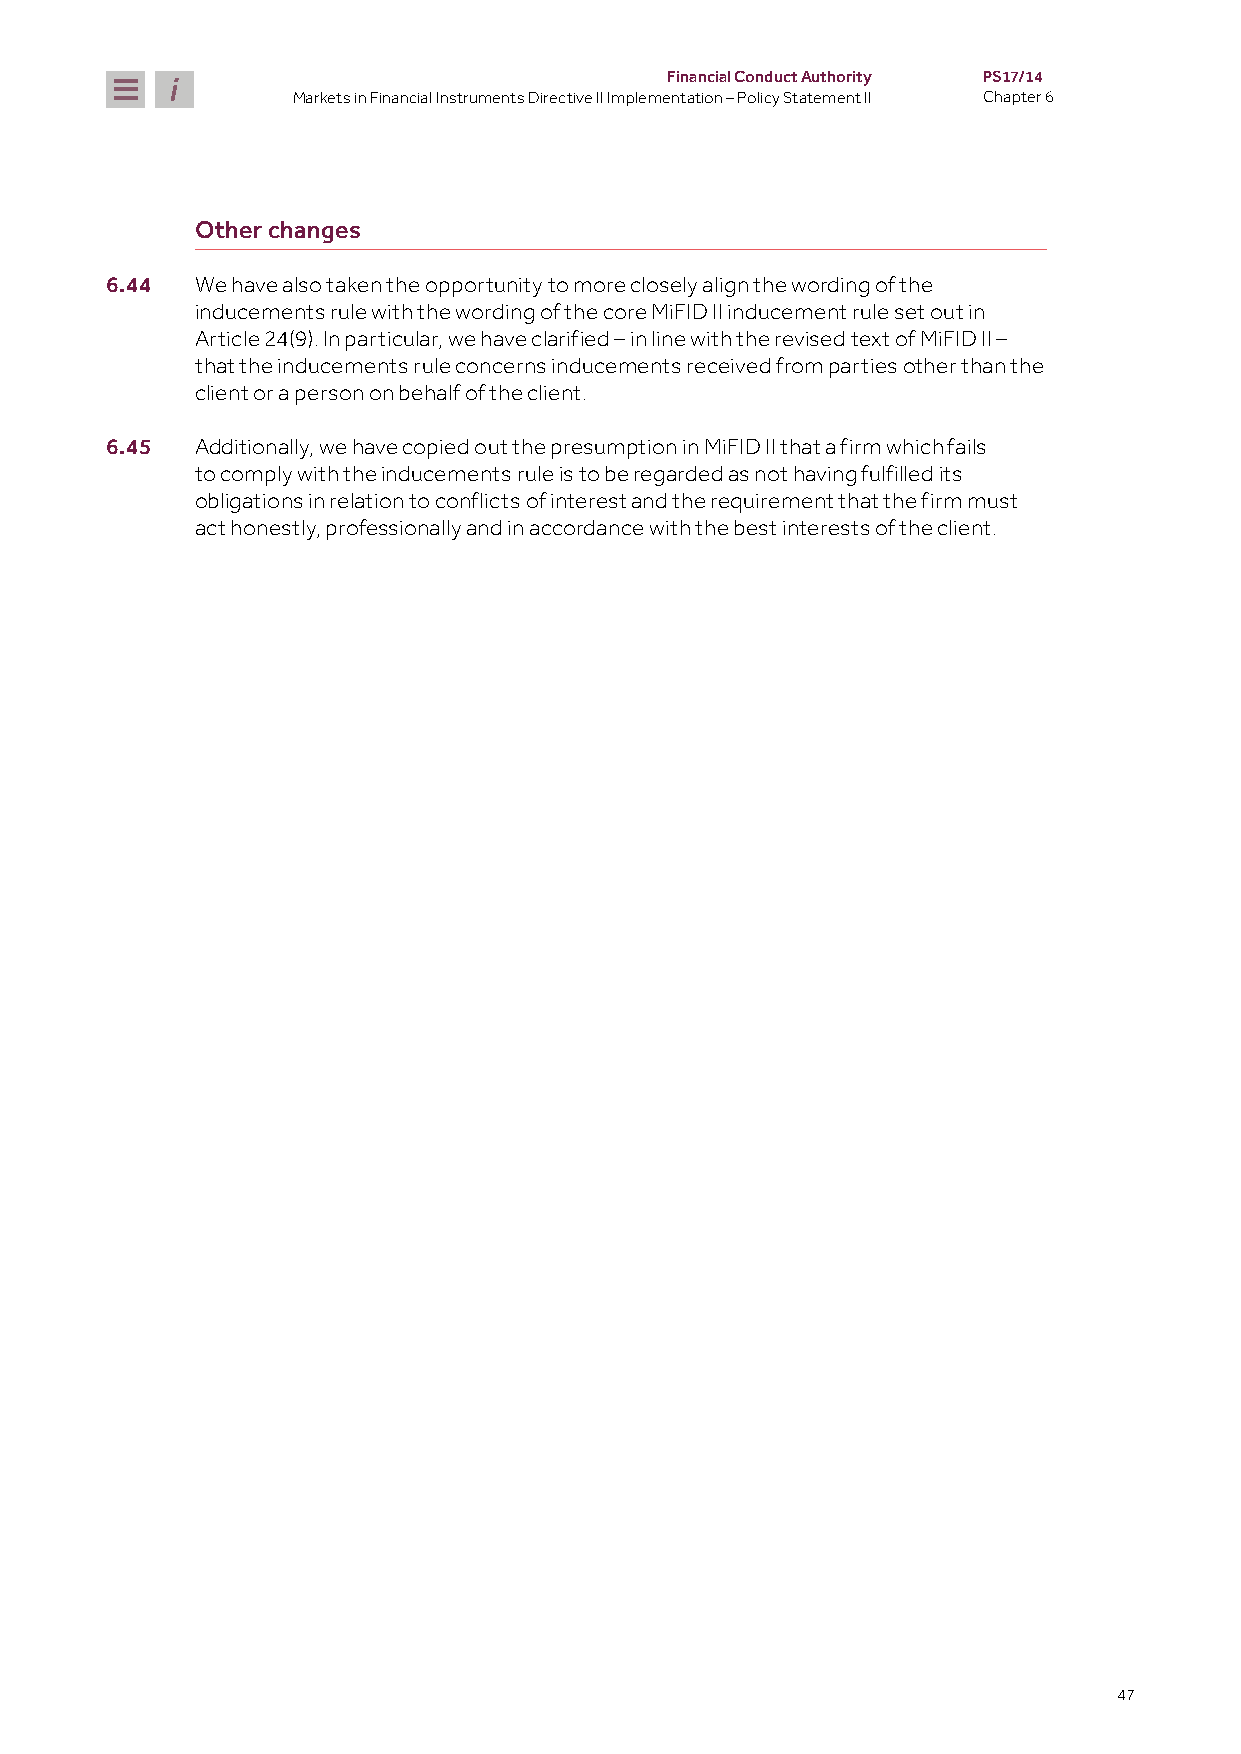
Financial Conduct Authority PS17/14
 Markets in Financial Instruments Directive II Implementation – Policy Statement II Chapter 6
 Other changes
 6.44  We have also taken the opportunity to more closely align the wording of the
 inducements rule with the wording of the core MiFID II inducement rule set out in
 Article 24(9). In particular, we have clarified – in line with the revised text of MiFID II –
 that the inducements rule concerns inducements received from parties other than the
 client or a person on behalf of the client.
 6.45  Additionally, we have copied out the presumption in MiFID II that a firm which fails
 to comply with the inducements rule is to be regarded as not having fulfilled its
 obligations in relation to conflicts of interest and the requirement that the firm must
 act honestly, professionally and in accordance with the best interests of the client.
 47